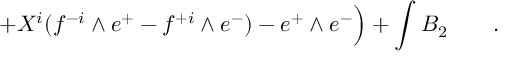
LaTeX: + X ^ { i } ( f ^ { - i } \wedge e ^ { + } - f ^ { + i } \wedge e ^ { - } ) - e ^ { + } \wedge e ^ { - } \Big ) + \int B _ { 2 } \qquad .